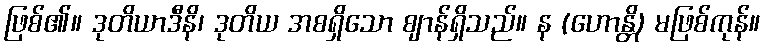
ဖြစ်၏။ ဒုတိယာဒီနိ၊ ဒုတိယ အစရှိသော ဈာန်ရှိသည်။ န (ဟောန္တိ) မဖြစ်ကုန်။